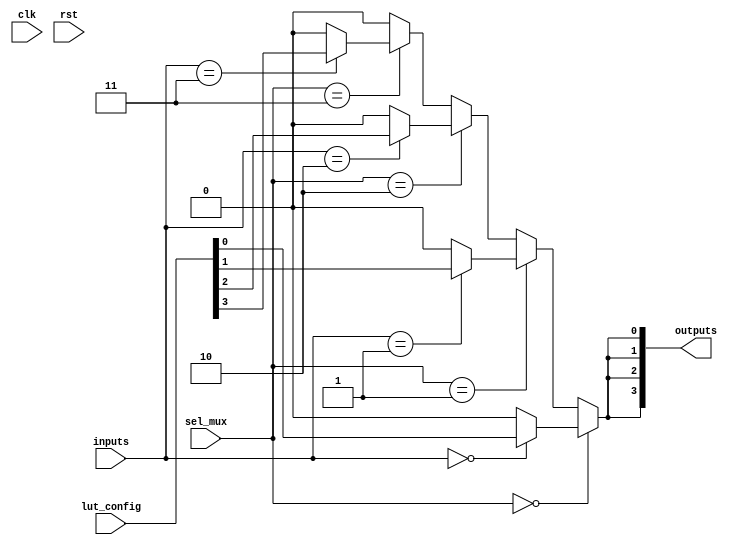
module combinational_logic_block (
    input  wire [3:0]      inputs,        // Input signals to the CLB
    input  wire [1:0]      sel_mux,       // MUX select signals
    input  wire [3:0]      lut_config,    // Configuration data for the LUTs
    input  wire            clk,            // Clock signal for registers
    input  wire            rst,            // Reset signal
    output wire [3:0]      outputs         // Output signals from the CLB
);

// 4-input LUT implementation
wire [3:0] lut_out;

// LUT: (truth table defined by lut_config)
generate
    genvar i;
    for (i = 0; i < 4; i = i + 1) begin : lut
        assign lut_out[i] = (inputs == i) ? lut_config[i] : 1'b0;
    end
endgenerate

// MUX Logic
wire mux_out;
assign mux_out = (sel_mux == 2'b00) ? lut_out[0] :
                 (sel_mux == 2'b01) ? lut_out[1] :
                 (sel_mux == 2'b10) ? lut_out[2] :
                 (sel_mux == 2'b11) ? lut_out[3] : 1'b0;

// Output assignment
assign outputs = {mux_out, mux_out, mux_out, mux_out}; // Example output

endmodule